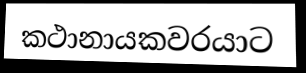
කථානායකවරයාට